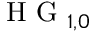
\mathrm { ~ H ~ G ~ } _ { 1 , 0 }